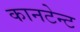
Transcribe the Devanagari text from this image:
कानटेन्‍ट